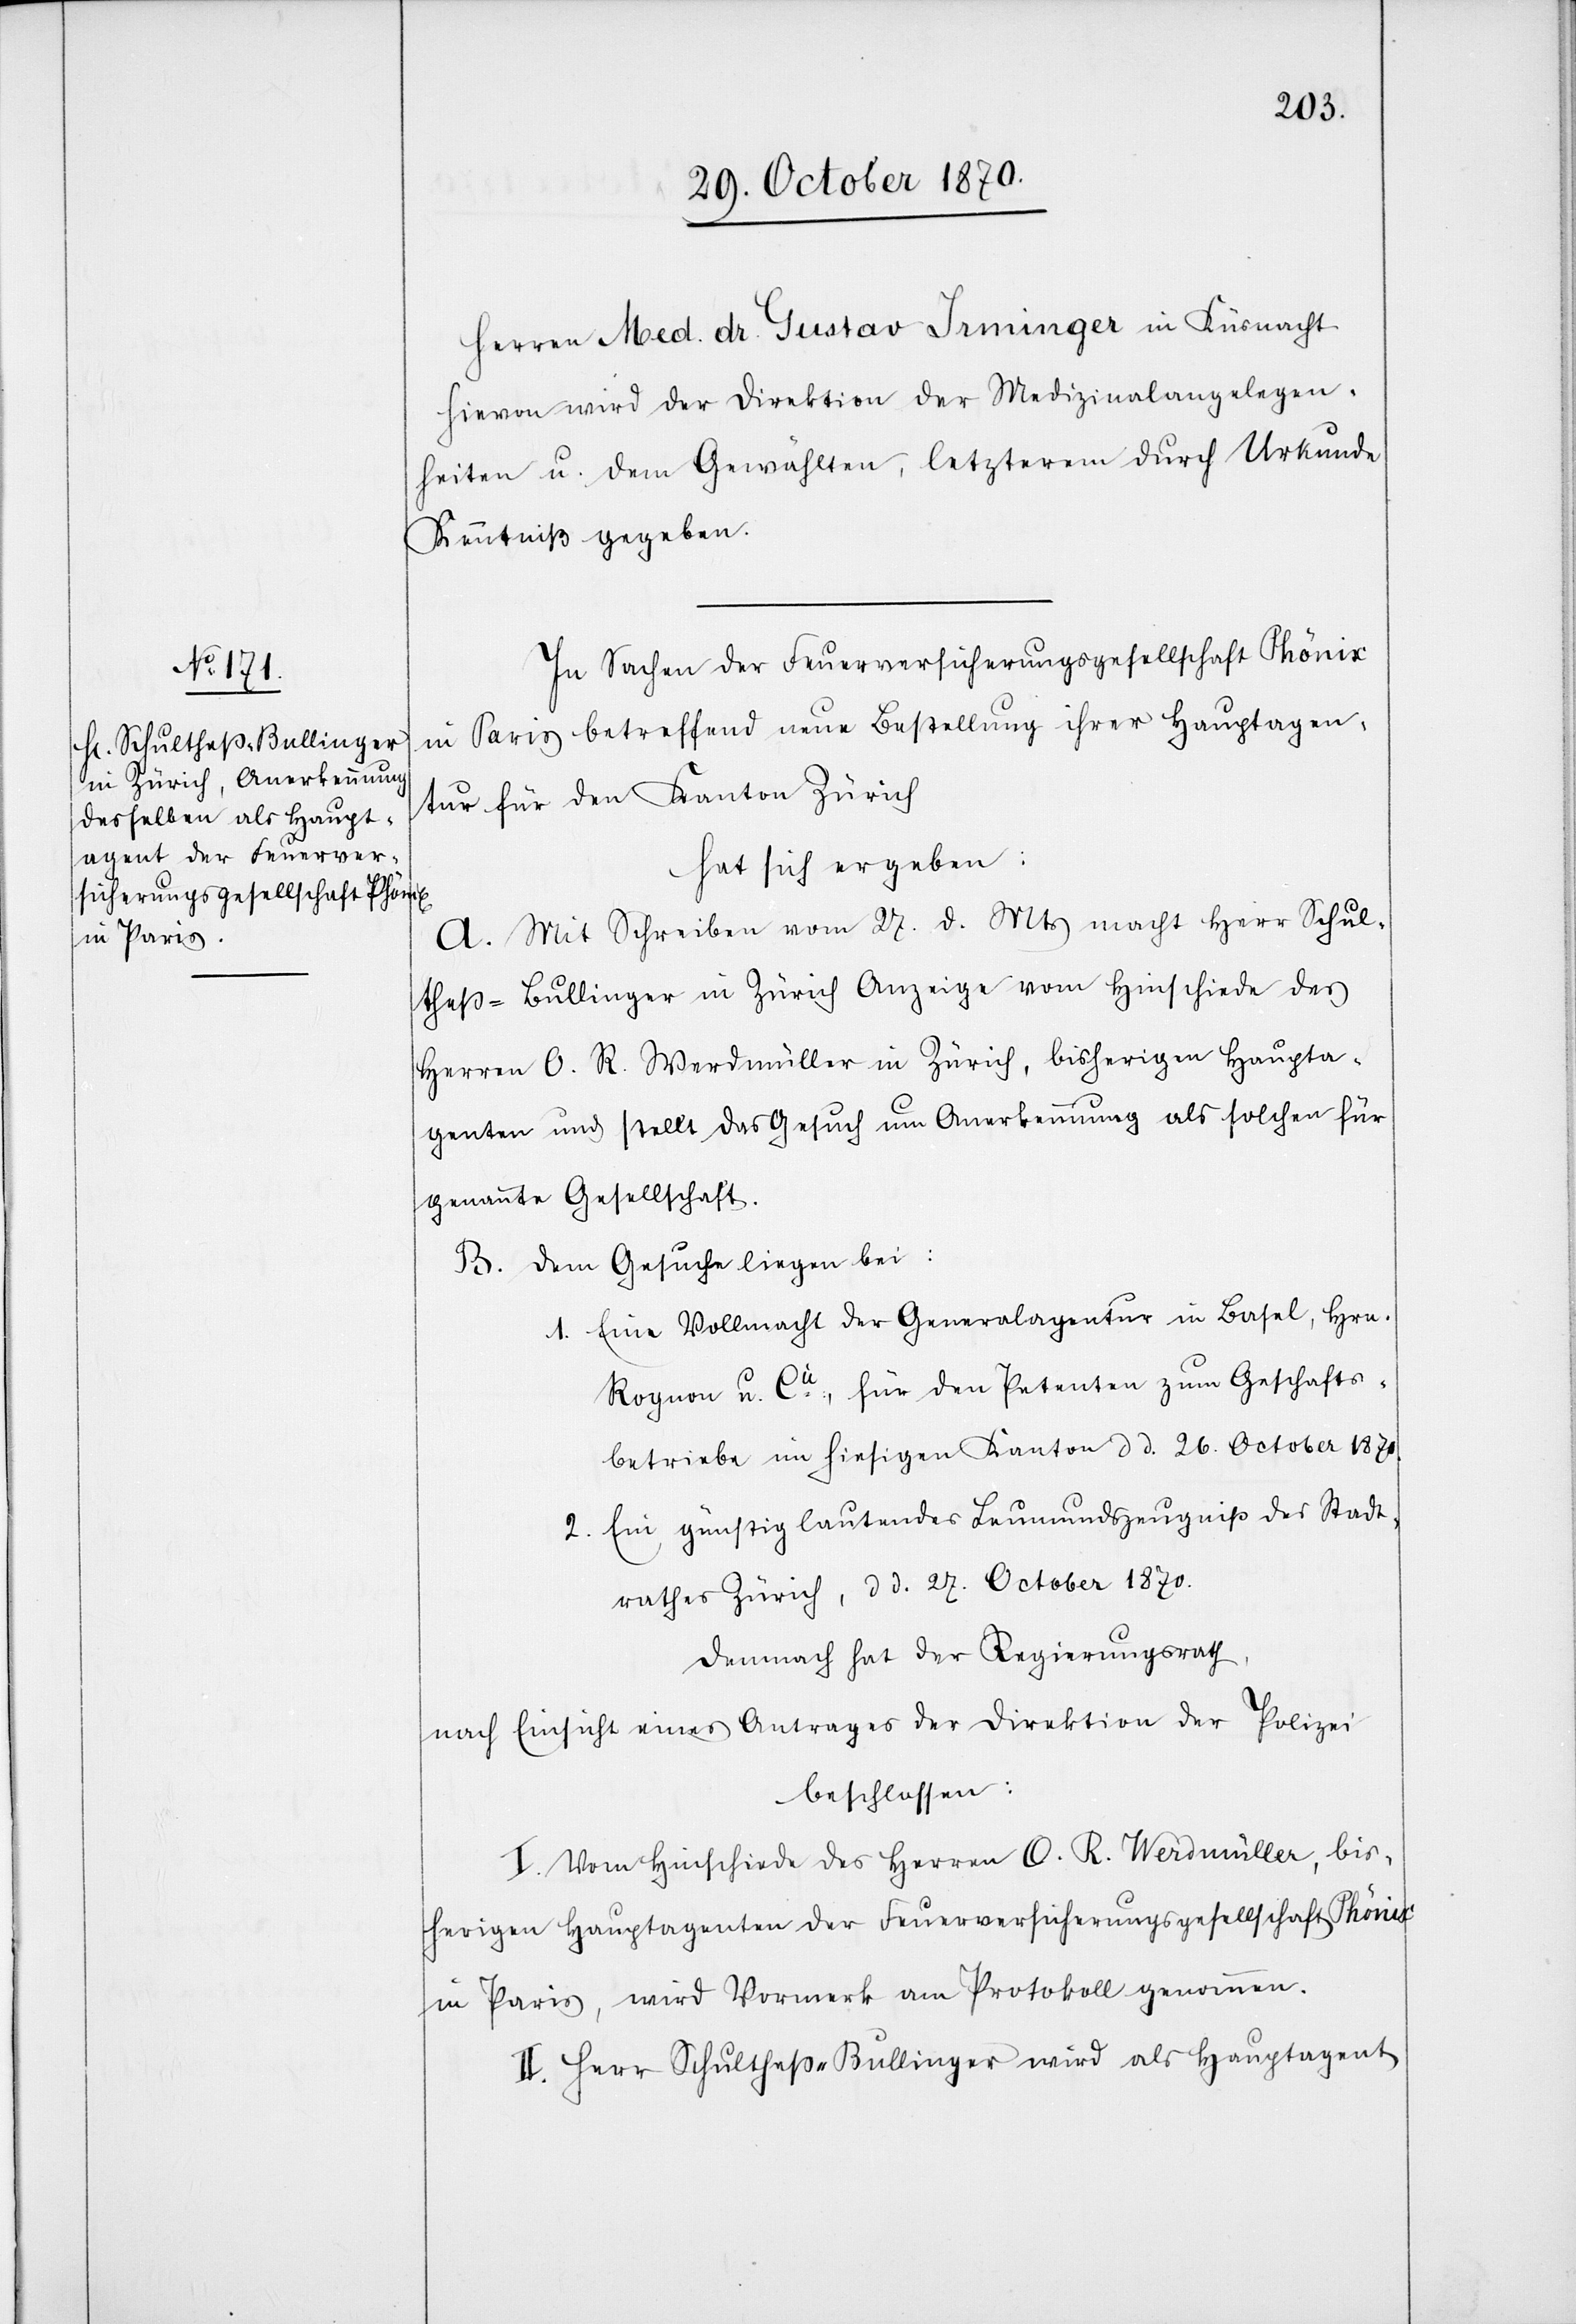
Herren Med. Dr. Gustav Irminger in Küsnacht.
Hievon wird der Direktion der Medizinalangelegen¬
heiten u. dem Gewählten, letzterem durch Urkunde
Kenntniß gegeben.
In Sachen der Feuerversicherungsgesellschaft Phönix
in Paris betreffend neue Bestellung ihrer Hauptagen¬
ten für den Kanton Zürich
hat sich ergeben:
A. Mit Schreiben vom 27. d. Mts. macht Herr Schul¬
theß-Bullinger in Zürich Anzeige vom Hinschiede des
Herren O. R. Werdmüller in Zürich, bisherigen Haupta¬
genten und stellt das Gesuch um Anerkennung als solchen für
genannte Gesellschaft.
B. Dem Gesuche liegen bei:
1. Eine Vollmacht der Generalagentur in Basel, Hrn.
Rognon u. Cie., für den Petenten zum Geschäfts¬
betriebe im hiesigen Kanton d. d. 26. October 1870.
Demnach hat der Regierungsrath,
nach Einsicht eines Antrages der Direktion der Polizei
beschlossen:
I. Vom Hinschiede des Herren O. R. Werdmüller, bis¬
herigen Hauptagenten der Feuerversicherungsgesellschaft Phönix
in Paris, wird Vormerk am Protokoll genommen.
II. Herr Schultheß-Bullinger wird als Hauptagent